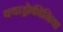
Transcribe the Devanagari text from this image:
क्वाड्रोफीनिया